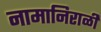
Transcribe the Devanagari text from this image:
नामानिराळी